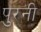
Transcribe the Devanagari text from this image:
पुरनी